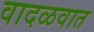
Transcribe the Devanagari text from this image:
वादळवात